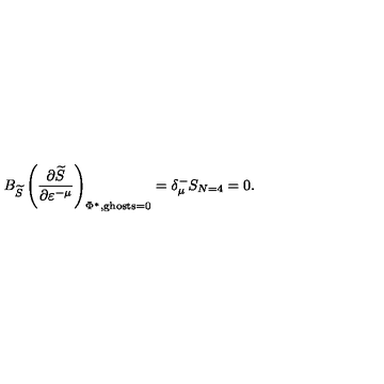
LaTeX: B _ { \widetilde { S } } \left( \frac { \partial \widetilde { S } } { \partial \varepsilon ^ { - \mu } } \right) _ { \Phi ^ { * } , \mathrm { g h o s t s } = 0 } = \delta _ { \mu } ^ { - } S _ { N = 4 } = 0 .